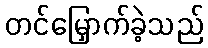
တင်မြှောက်ခဲ့သည်